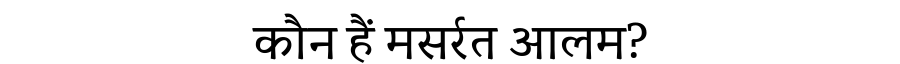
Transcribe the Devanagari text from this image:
कौन हैं मसर्रत आलम?